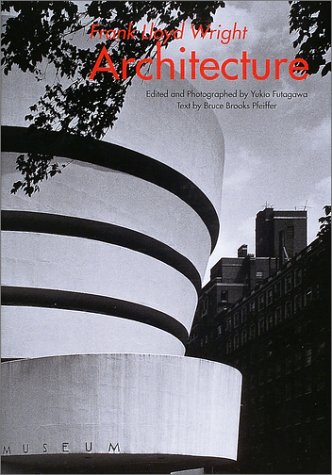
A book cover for Frank Lloyd Wright Architecture; Frank Lloyd Wright; Yukio Futagawa; Bruce Brooks Pfeiffer; Yasuko Kikuchi; Travel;